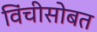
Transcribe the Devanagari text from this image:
विंचीसोबत